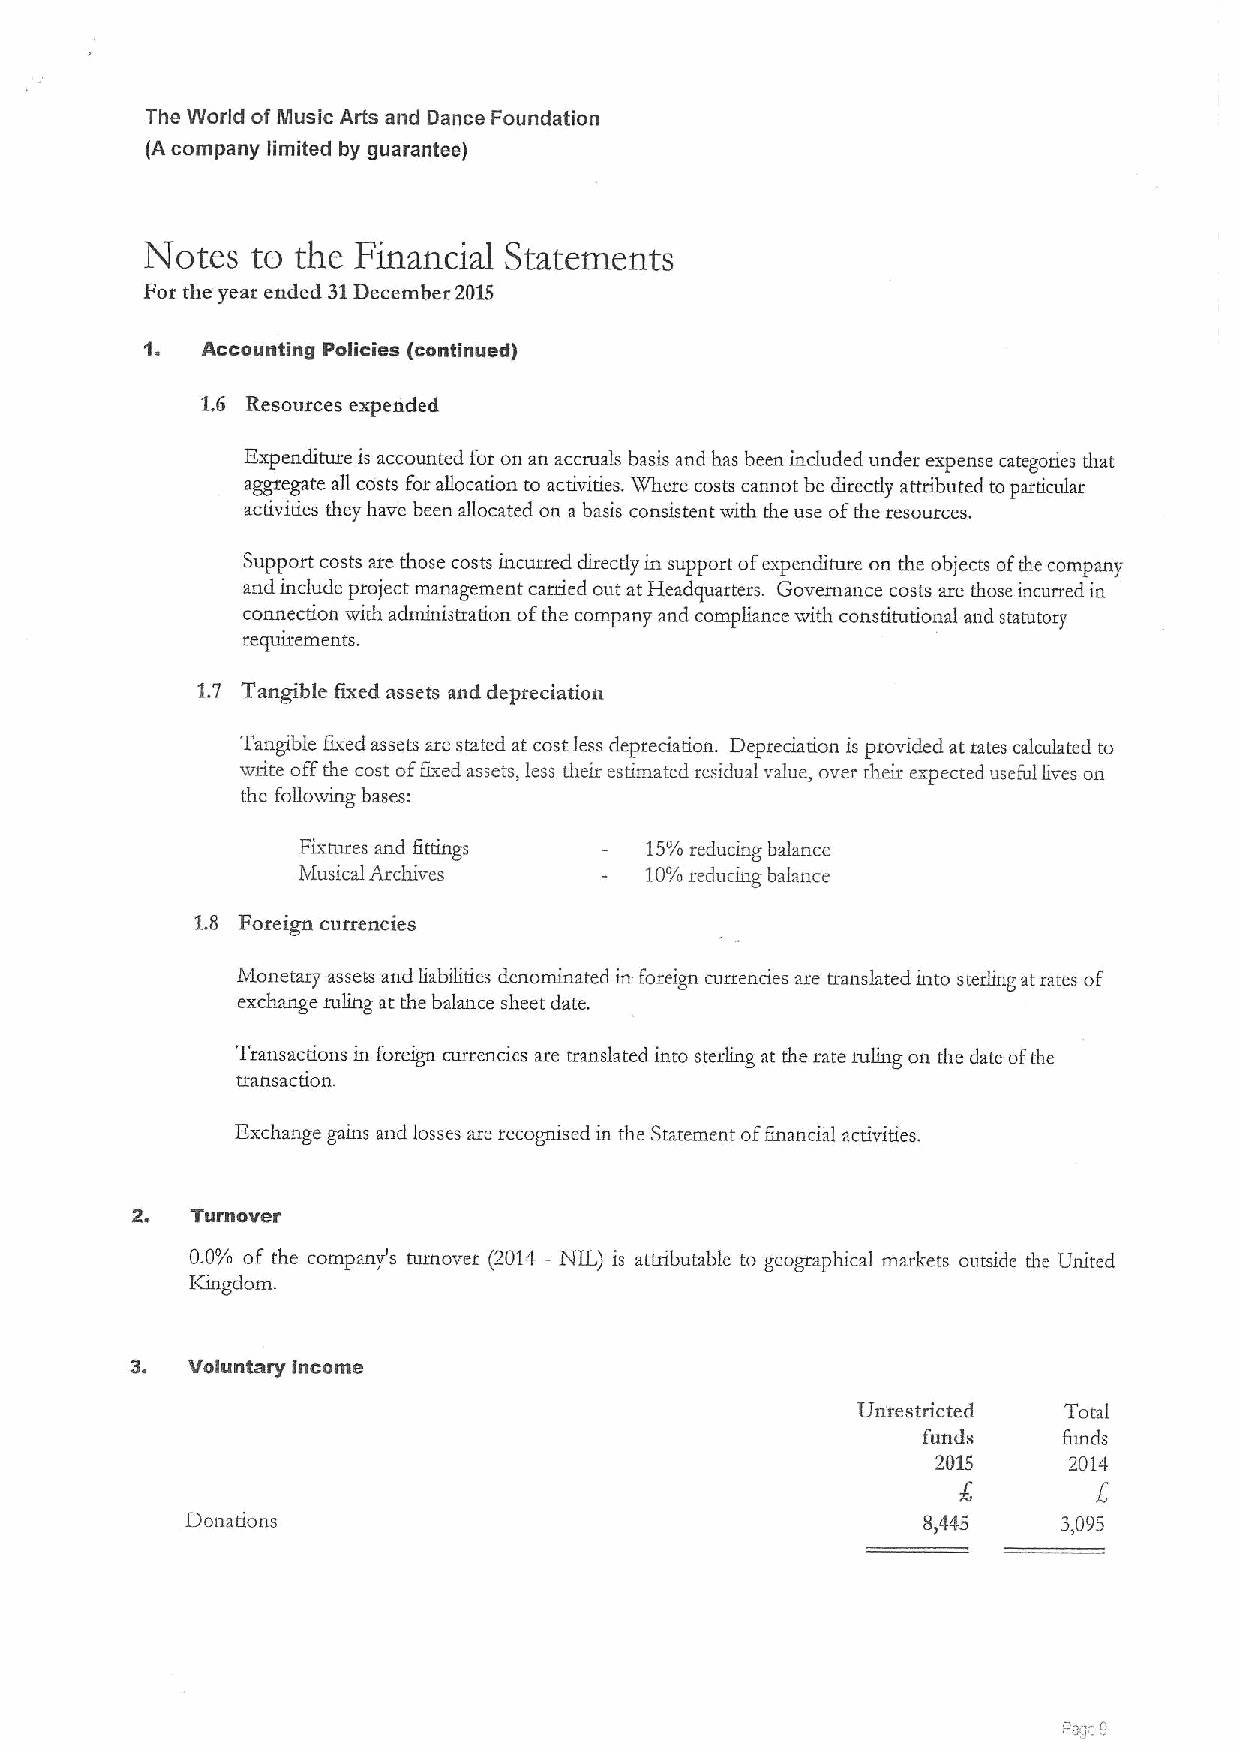
The World ofMusic Arts and Dance Foundation
 (A company limited by guarantee)
 Notes  to the Financial Statements
 Fot the year ended 31December 2015
 Accounting Policies (continued)
 1.6 Resources expended
 Expenditure is accounted for on an accruals basis and has been included under expense categories that
 aggregate all costs Forallocation to activities. XVhere costs cannot be directly attributed toparticular
 activities they have been allocated on a basis consistent with the use ofthe resources.
 Support costs are those costs incurred directly in support ofexpenditure on the objects ofthe company
 and include project management carried out atHeadquarters. Governance costs are those incised in
 connection with administration ofthe company and compliance with constitutional and statutory
 requu:ements.
 1.7 Tangible fixed assets and depreciation
 Tangible fixed assets are stated at costless depreciation. Depreciation is provided at rates calculated to
 write offthe cost offixed assets, less their estimated residual value, over theit expected useful lives on
 the following bases:
 Fixtures and fittings  15'/o reducing balance
 hfusical Archives      10'/o reducing balance
 1.8 Foreign currencies
 btonetaty assets and liabilities denominated in foreign currencies are translated into sterling atrates of
 exchange ruling at the balance sheet date.
 Transactions in foreign currencies are translated into sterling at the rate ruling on the date ofthe
 transaction.
 Exchange gains and losses are recognised in the Statement offinancial activities.
 2.  Turnover
 0.0'/o of the company's nuuover (2014 —NIL) is attributable to geograplucal markets outside the United
 IGngdom
 3. Voluntary income
 Unrestricted Total
 funds    funds
 2015     2014
 Donations                                        8,445    3,095